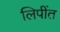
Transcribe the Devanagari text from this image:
लिपींत